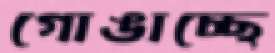
গোঙাচ্ছে